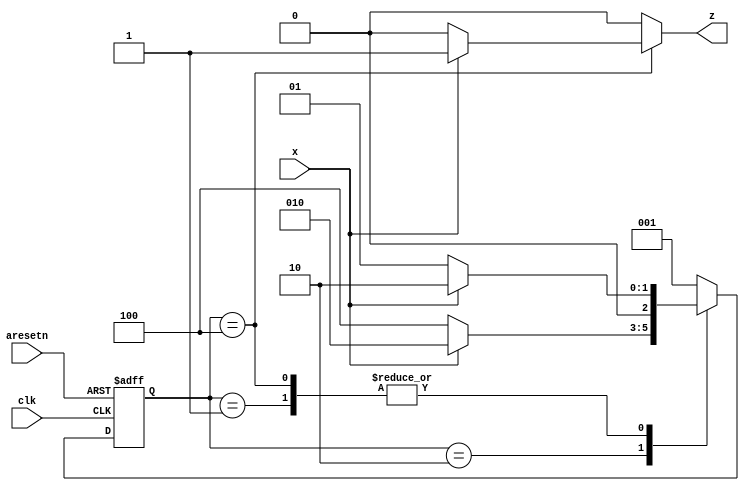
module top_module (
    input clk,
    input aresetn,    // Asynchronous active-low reset
    input x,
    output z
); 
    parameter S0 = 3'b001;
    parameter S1 = 3'b010;
    parameter S2 = 3'b100;
    
    reg [2:0] state;
    reg [2:0] next_state;  

    always @(posedge clk or negedge aresetn)
        if(!aresetn)
            state <= S0;
        else
            state <= next_state;

    always @ (*)
        case(state)
            S0: next_state = x ? S1 : S0;
            S1: next_state = x ? S1 : S2;
            S2: next_state = x ? S1 : S0;
            default:next_state = S0;
        endcase

    always @ (*)begin
      case(state)
          S2: begin
              if (x) z = 1;
          		else z = 0;
          end
          default: z = 0;
      endcase
    end
      //assign  z = (state == S2) ? x : 1'b0; //米利状态机，输出与输入x有关

endmodule